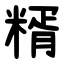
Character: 糈